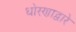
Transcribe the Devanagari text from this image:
धोरणाद्वारे